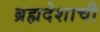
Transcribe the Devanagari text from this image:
ब्रह्मदेशाची